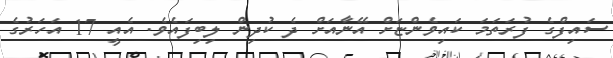
ސައިފްގެ ފުރަތަމަ ކައިވެންޏަށް އޭނާއަށް ދެ ކުދިން ލިބިފައެވެ. އެއީ 17 އަހަރުގެ